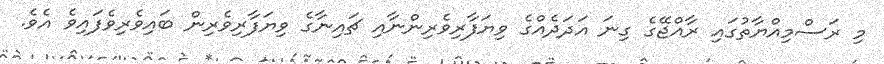
މި ރަސްމިއްޔާތުގައި ރާއްޖޭގެ ގިނަ އަދަދެއްގެ ވިޔަފާރިވެރިންނާއި ޗައިނާގެ ވިޔަފާރިވެރިން ބައިވެރިވެފައިވެ އެވެ.